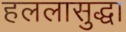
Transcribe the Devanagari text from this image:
हललासुद्धा